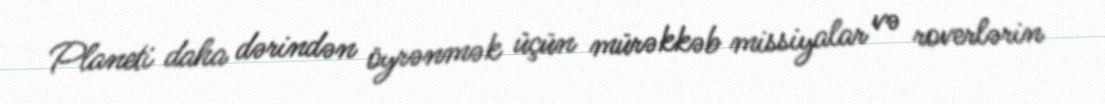
Planeti daha dərindən öyrənmək üçün mürəkkəb missiyalar və roverlərin